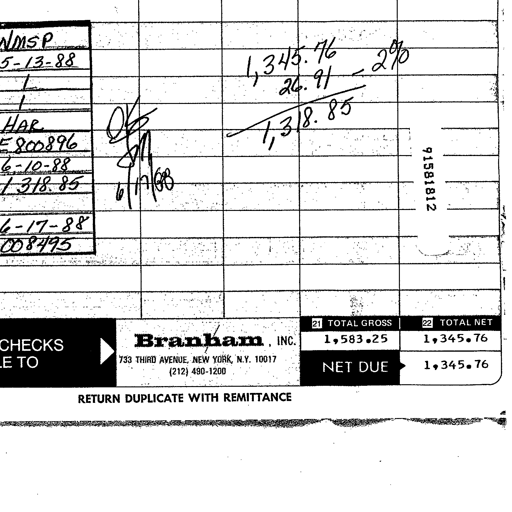
Transcript:
NMSP
5-13-88
1,345.76 - 2%
26.91
1,318.85
OK
6/17/88
91581812
HAR
800896
6-10-88
1,318.85
6-17-88
008495
21 TOTAL GROSS 22 TOTAL NET
CHECKS TO Branham, INC. 1,583.25 1,345.76
733 THIRD AVENUE, NEW YORK, N.Y. 10017
(212) 490-1200 NET DUE 1,345.76
RETURN DUPLICATE WITH REMITTANCE